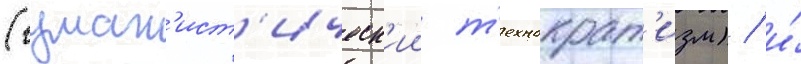
(гуман'ист'ическ'ии т'ехнократ'изм) / и́